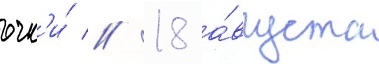
очк'и́ // 18 а́вгуста